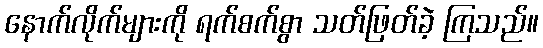
နောက်လိုက်များကို ရက်စက်စွာ သတ်ဖြတ်ခဲ့ ကြသည်။